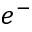
e ^ { - }